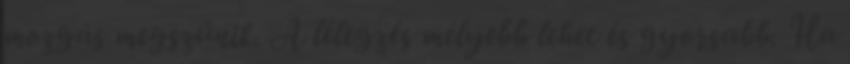
mozgás megszűnik. A lélegzés mélyebb lehet és gyorsabb. Ha